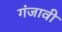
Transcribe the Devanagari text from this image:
गंजावी